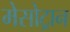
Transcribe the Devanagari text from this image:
मेसोट्रान